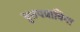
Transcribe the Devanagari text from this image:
वृत्तपत्राविना